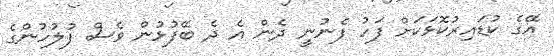
އޭގެ ކުޑައިރުކޮޅަކަށް ފަހު ފެނުނީ ދެން އެ ދެ ބޭފުޅުން ވެސް ފުލުހުންގެ